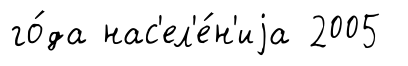
го́да нас'ел'е́н'иjа 2005